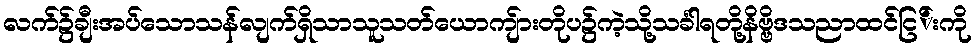
လက်၌ချီးအပ်သောသန်လျက်ရှိသာသူသတ်ယောကျ်ားတိုပ၌ကဲ့သို့သင်္ခါရတို့နိဗ္ဗိဒသညာထင်ငြ်းကို